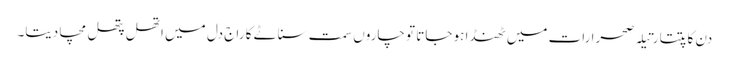
دن کاتپتا رتیلہ صحرا رات میں ٹھنڈا ہو جاتا تو چاروں سمت سناٹے کا راج دل میں اتھل پتھل مچا دیتا۔